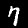
Digit: 7